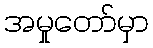
အမှုတော်မှာ